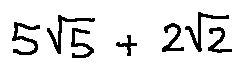
5 \sqrt { 5 } + 2 \sqrt { 2 }